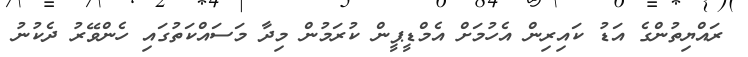
ރައްޔިތުންގެ އަޑު ކައިރިން އެހުމަށް އެމްޑީޕީން ކުރަމުން މިދާ މަސައްކަތުގައި ހެންވޭރު ދެކުނު